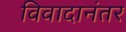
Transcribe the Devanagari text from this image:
विवादानंतर